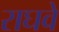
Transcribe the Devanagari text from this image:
राघवे